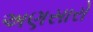
અણસારો